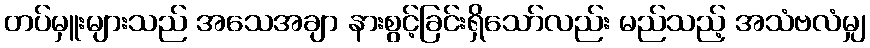
တပ်မှူးများသည် အသေအချာ နားစွင့်ခြင်းရှိသော်လည်း မည်သည့် အသံဗလံမျှ